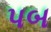
પબ